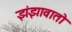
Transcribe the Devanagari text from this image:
झंझावातो